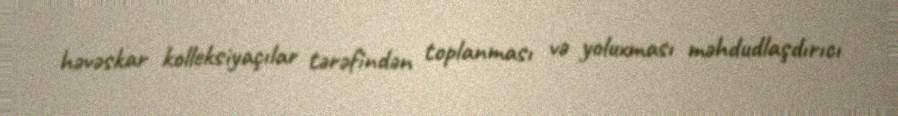
həvəskar kolleksiyaçılar tərəfindən toplanması və yoluxması məhdudlaşdırıcı